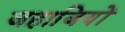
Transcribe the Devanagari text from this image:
जहाजियों